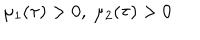
\mu _ { 1 } ( \tau ) > 0 , ~ \mu _ { 2 } ( \tau ) > 0